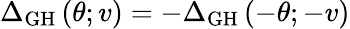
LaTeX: {\Delta_{\mathrm{{GH}}}}\left({\theta;v}\right)=-{\Delta_{\mathrm{{GH}}}}\left({-\theta;-v}\right)